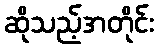
ဆိုသည့်အတိုင်း